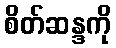
စိတ်ဆန္ဒကို